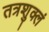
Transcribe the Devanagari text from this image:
तत्रशुक्लं